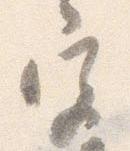
宮